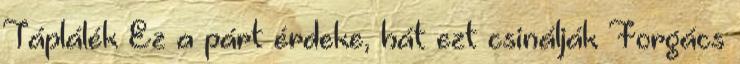
Táplálék Ez a párt érdeke, hát ezt csinálják Forgács